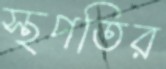
স্থপতির